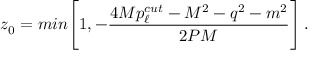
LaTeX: z _ { 0 } = m i n \Bigg [ 1 , - { \frac { 4 M p _ { \ell } ^ { c u t } - M ^ { 2 } - q ^ { 2 } - m ^ { 2 } } { 2 P M } } \Bigg ] \, .